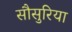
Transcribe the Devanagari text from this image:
सौसुरिया